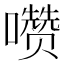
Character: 𰉄